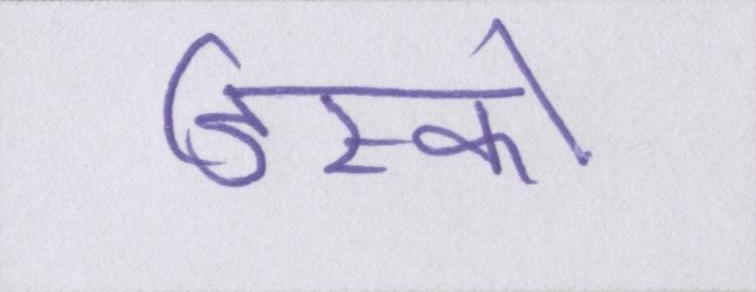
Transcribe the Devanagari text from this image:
डिस्को